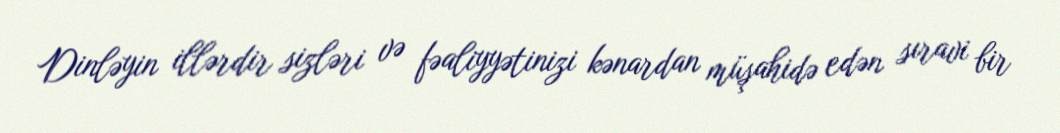
Dinləyin illərdir sizləri və fəaliyyətinizi kənardan müşahidə edən sıravi bir